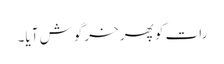
رات کو پھر خرگوش آیا۔